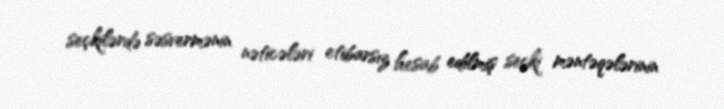
seçkilərdə səsvermənin nəticələri etibarsız hesab edilmiş seçki məntəqələrinin